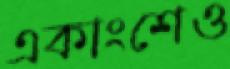
একাংশেও